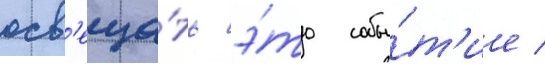
осв'еща́ть э́то собы́т'ие /